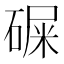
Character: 𥔔